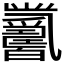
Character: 𤕋